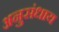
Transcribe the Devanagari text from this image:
अनुसंधाय